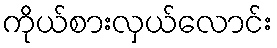
ကိုယ်စားလှယ်လောင်း